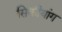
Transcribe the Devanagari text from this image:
सिकीयांग